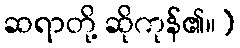
ဆရာတို့ ဆိုကုန်၏။)